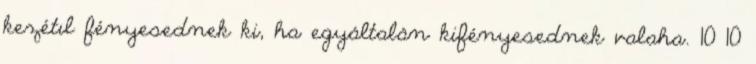
kezétıl fényesednek ki, ha egyáltalán kifényesednek valaha. 10 10